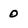
Character: 0